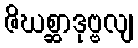
ဇိဃစ္ဆာဒုဗ္ဗလျ